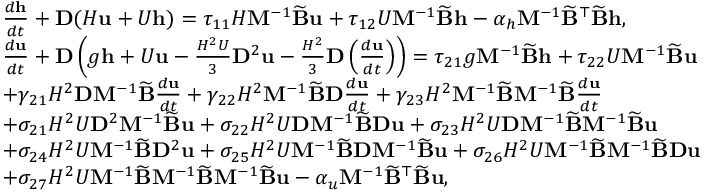
\begin{array} { r l } & { \frac { d \mathbf { h } } { d t } + \mathbf { D } ( H \mathbf { u } + U \mathbf { h } ) = \tau _ { 1 1 } H \mathbf { M } ^ { - 1 } \widetilde { \mathbf { B } } \mathbf { u } + \tau _ { 1 2 } U \mathbf { M } ^ { - 1 } \widetilde { \mathbf { B } } \mathbf { h } - \alpha _ { h } \mathbf { M } ^ { - 1 } \widetilde { \mathbf { B } } ^ { \top } \widetilde { \mathbf { B } } \mathbf { h } , } \\ & { \frac { d \mathbf { u } } { d t } + \mathbf { D } \left( g \mathbf { h } + U \mathbf { u } - \frac { H ^ { 2 } U } { 3 } \mathbf { D } ^ { 2 } \mathbf { u } - \frac { H ^ { 2 } } { 3 } \mathbf { D } \left( \frac { d \mathbf { u } } { d t } \right) \right) = \tau _ { 2 1 } g \mathbf { M } ^ { - 1 } \widetilde { \mathbf { B } } \mathbf { h } + \tau _ { 2 2 } U \mathbf { M } ^ { - 1 } \widetilde { \mathbf { B } } \mathbf { u } } \\ & { + \gamma _ { 2 1 } H ^ { 2 } \mathbf { D } \mathbf { M } ^ { - 1 } \widetilde { \mathbf { B } } \frac { d \mathbf { u } } { d t } + \gamma _ { 2 2 } H ^ { 2 } \mathbf { M } ^ { - 1 } \widetilde { \mathbf { B } } \mathbf { D } \frac { d \mathbf { u } } { d t } + \gamma _ { 2 3 } H ^ { 2 } \mathbf { M } ^ { - 1 } \widetilde { \mathbf { B } } \mathbf { M } ^ { - 1 } \widetilde { \mathbf { B } } \frac { d \mathbf { u } } { d t } } \\ & { + \sigma _ { 2 1 } H ^ { 2 } U \mathbf { D } ^ { 2 } \mathbf { M } ^ { - 1 } \widetilde { \mathbf { B } } \mathbf { u } + \sigma _ { 2 2 } H ^ { 2 } U \mathbf { D } \mathbf { M } ^ { - 1 } \widetilde { \mathbf { B } } \mathbf { D } \mathbf { u } + \sigma _ { 2 3 } H ^ { 2 } U \mathbf { D } \mathbf { M } ^ { - 1 } \widetilde { \mathbf { B } } \mathbf { M } ^ { - 1 } \widetilde { \mathbf { B } } \mathbf { u } } \\ & { + \sigma _ { 2 4 } H ^ { 2 } U \mathbf { M } ^ { - 1 } \widetilde { \mathbf { B } } \mathbf { D } ^ { 2 } \mathbf { u } + \sigma _ { 2 5 } H ^ { 2 } U \mathbf { M } ^ { - 1 } \widetilde { \mathbf { B } } \mathbf { D } \mathbf { M } ^ { - 1 } \widetilde { \mathbf { B } } \mathbf { u } + \sigma _ { 2 6 } H ^ { 2 } U \mathbf { M } ^ { - 1 } \widetilde { \mathbf { B } } \mathbf { M } ^ { - 1 } \widetilde { \mathbf { B } } \mathbf { D } \mathbf { u } } \\ & { + \sigma _ { 2 7 } H ^ { 2 } U \mathbf { M } ^ { - 1 } \widetilde { \mathbf { B } } \mathbf { M } ^ { - 1 } \widetilde { \mathbf { B } } \mathbf { M } ^ { - 1 } \widetilde { \mathbf { B } } \mathbf { u } - \alpha _ { u } \mathbf { M } ^ { - 1 } \widetilde { \mathbf { B } } ^ { \top } \widetilde { \mathbf { B } } \mathbf { u } , } \end{array}